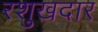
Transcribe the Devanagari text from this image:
रशुखदार